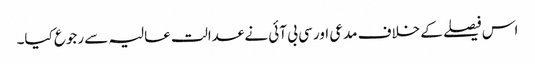
اس فیصلے کے خلاف مدعی اور سی بی آئی نے عدالت عالیہ سے رجوع کیا۔